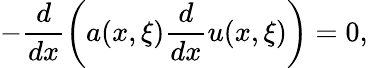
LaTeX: -\frac{d}{dx}\left(a(x,\xi)\frac{d}{dx}u(x,\xi)\right)=0,